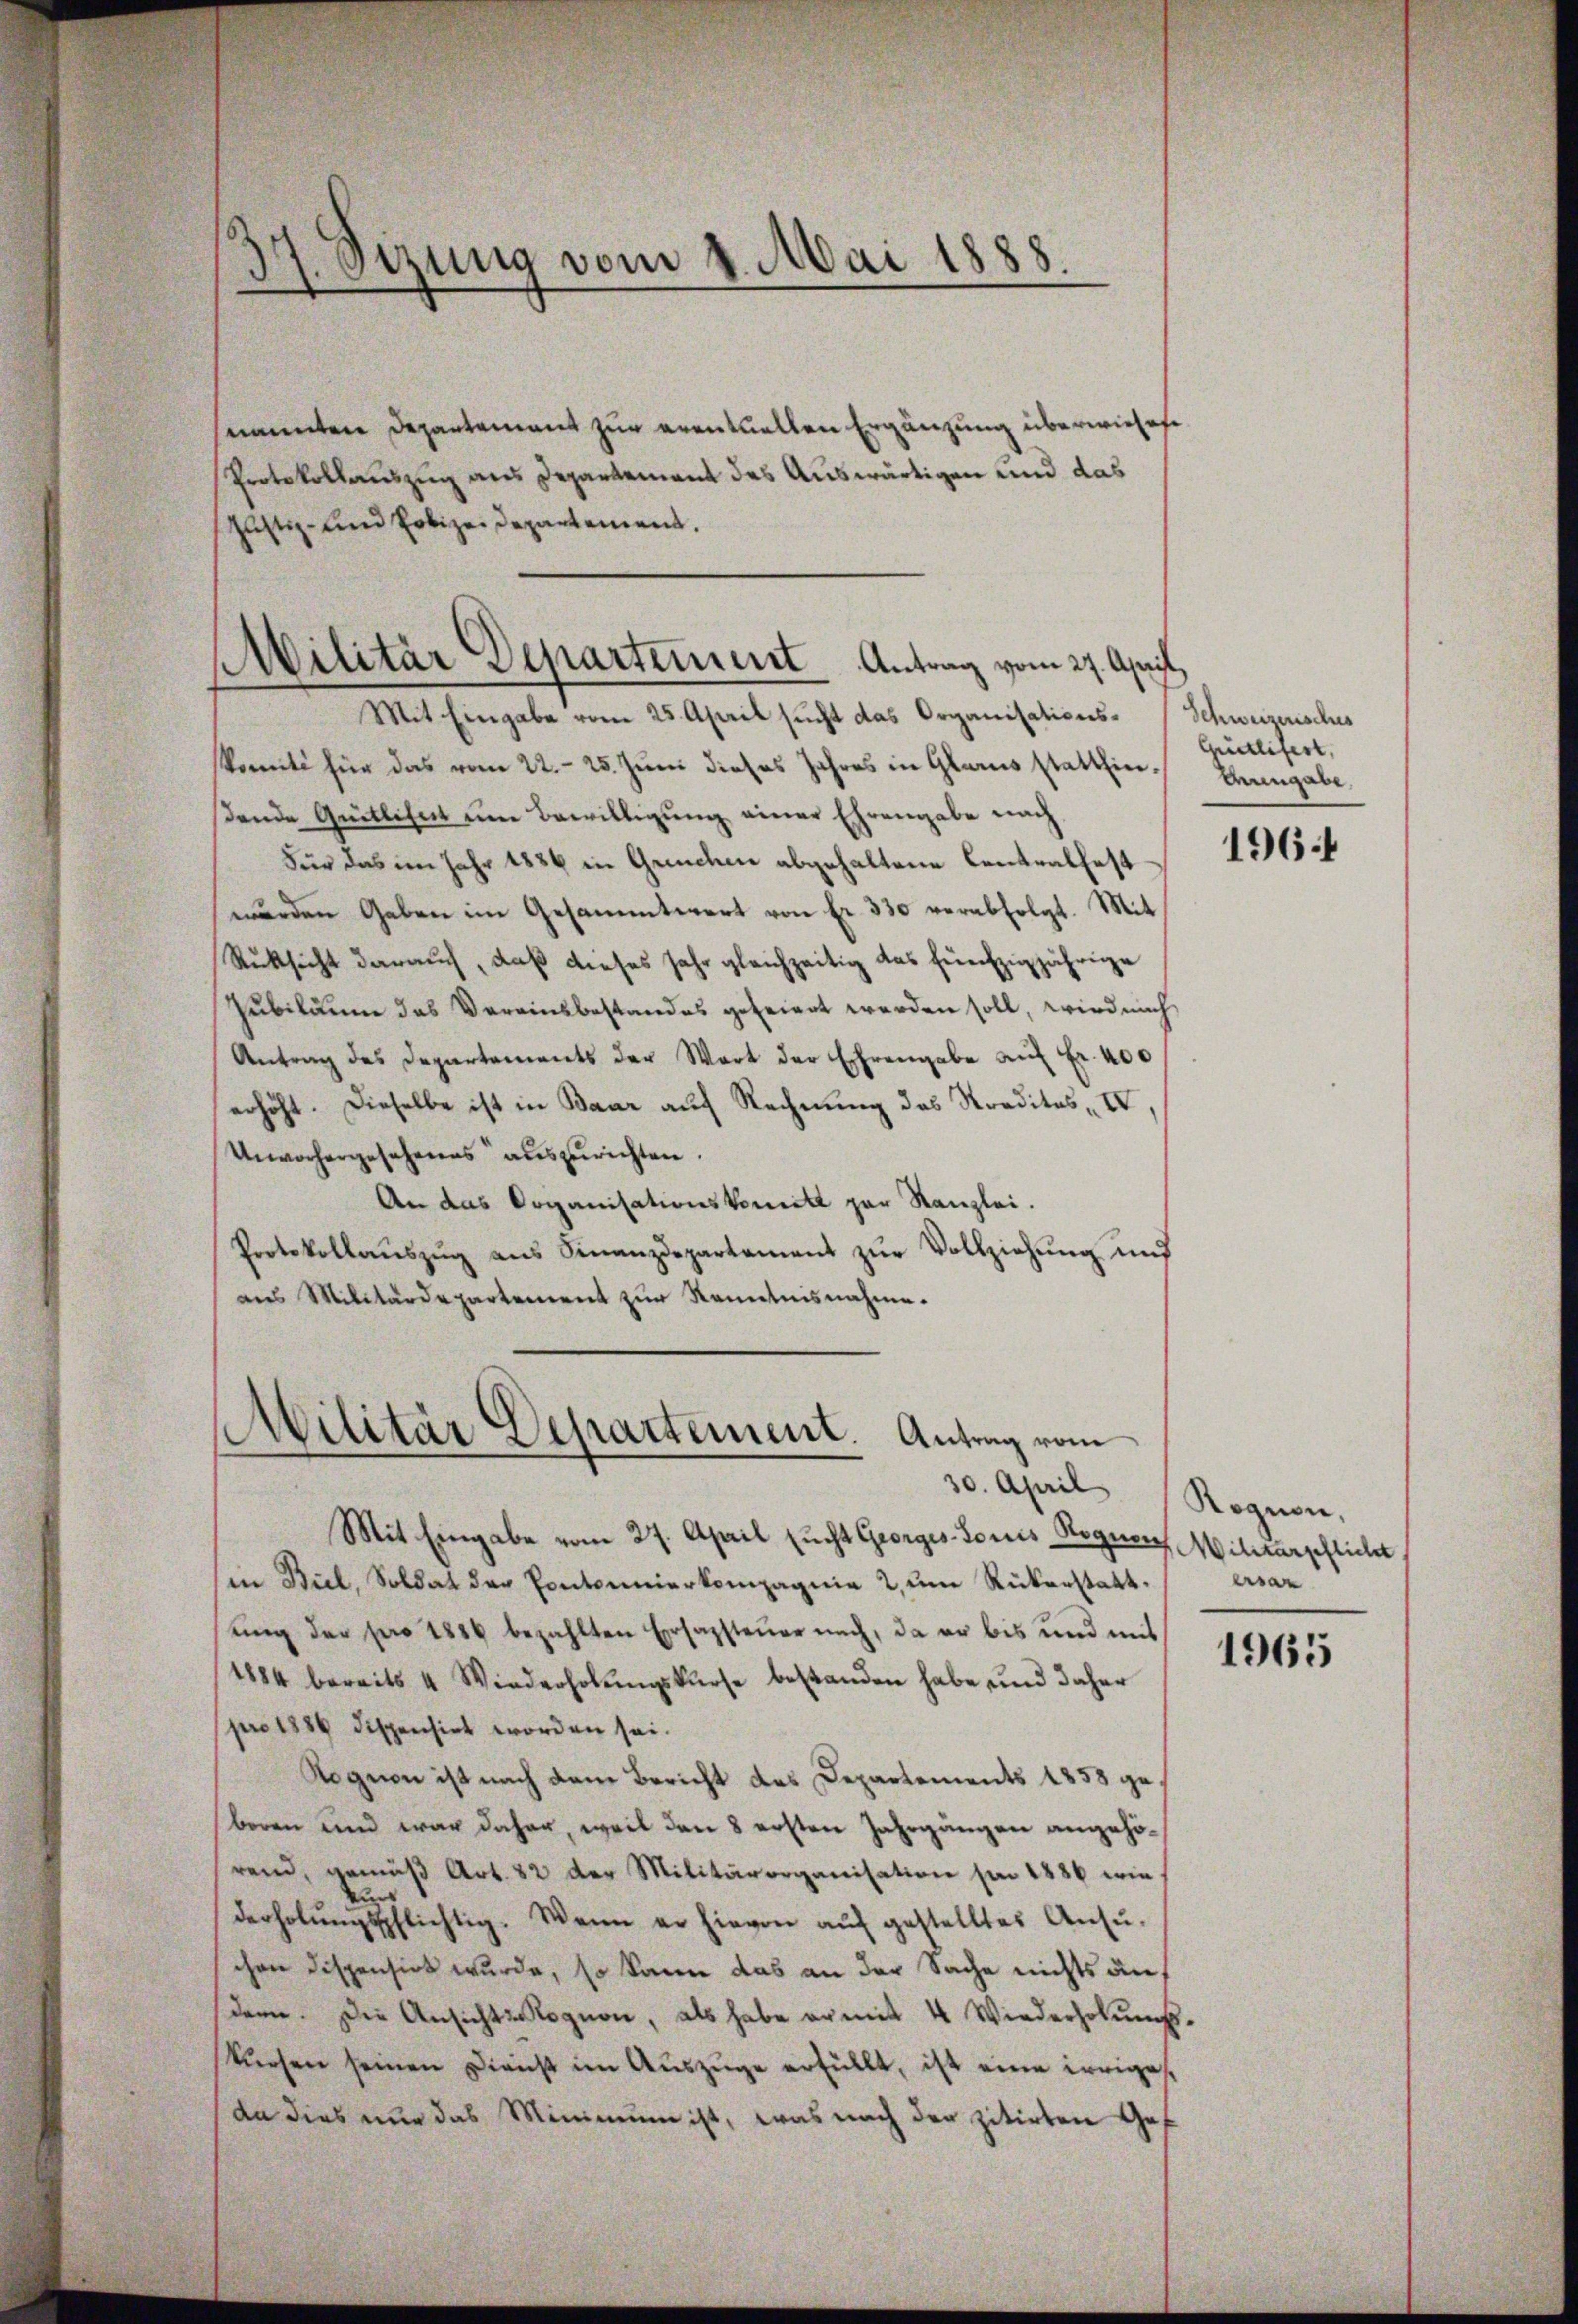
37. Sizung vom 2. Mai 1888.

Militär Departement Antrag vom 27. April,
Mit Eingabe vom 25. April sucht das Organisations- / Schweizerisches

snannten Departement zur eventuellen Ergänzung überwieses
Protokollauszug aus Departement des Auswärtigen und das
Justiz- und Polizei Departement.
komité für das vom 22. 25. Juni dieses Jahres in Glarus statthin eingabe.
sende Quitlichet um Bewilligŭng einer Ehrengabe nach
Für das im Jahr 1886 in Grenchen abgehaltene Centralfest
wurden Gaben im Gesammtwert von fr. 330 verabfolgt. Mit
Rücksicht darauf, daß dieses sehr gleichzeitig das fünfzigjährige
Jubildum das Vereinsbestandes gefeiert werden soll, wird nach
Antrag des Departements der Wart der Ehrengabe aŭf Fr. 400
erhöht. Dieselbe ist in Baar auf Rechnung des Straditas IV,
Unvorhergesehenes auszurichten.
An das Organisationskomité par Kanzlei.
Protokollaŭszŭg ans Finanzdepartement zŭr Vollziehŭng und
aus Militärdepartement zur Kenntnisnahme.

Militär Departement. Antrag vom
30. April Regnen,

Mit Eingabe vom 27. April sucht Georgestoris Roguen
hin Biel, Soldat der Pontonnierkompagnie zum Rükerstatt. ersar
King der pro 1886 bezahlten Ersapsteuer nach, da er bis und mit
1884 bereits 4 Wiederholŭngskurse bestanden habe und daher
pro 1886 dispensirt worden sei.
Rognon ist nach dem Bericht des Departements 1858 geboren und war daher, weil den 8 ersten Jahrgängen angehörend, gemäß Art. 82 der Militärorganisation sie 1886 wie¬
Aus
derholŭngspflichtig. Wenn er hievon aŭf gestelltes Ansŭ-
chen Dispensirt wurde, so kann das an der Sache nichts an,
dame. Die Ansicht rognon, als habe er mit 4 Wiederholŭngs-
kŭrsen seinen Dienst im Auszüge erfüllt, ist eine irriges
da dies nur das Minimum ist, was nach der zitirten Gef

Guctlifert,

1964

Militärpflicht

1965